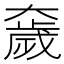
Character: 奯